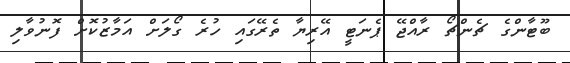
ބޫޓާންގެ ޗެންޗޯ ރާއްޖޭ ޕެނަޓީ އޭރިޔާ ތެރޭގައި ހުރެ ގޯލަށް އަމާޒުކޮށް ފޮނުވާލި